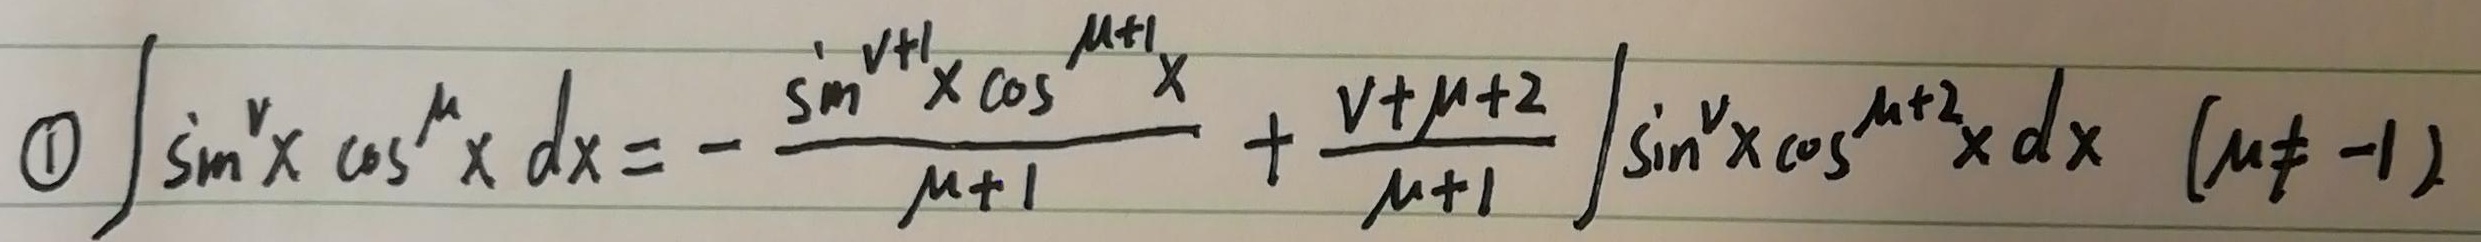
\textcircled{1}\(\int\sin^{v}x\cos^{\mu}x dx=-\frac{\sin^{v + 1}x\cos^{\mu + 1}x}{\mu + 1}+\frac{v+\mu + 2}{\mu + 1}\int\sin^{v}x\cos^{\mu + 2}x dx\ (\mu\neq - 1)\)